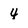
Character: 4